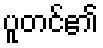
ပူတင်၏